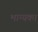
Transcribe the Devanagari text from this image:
भाग्यका